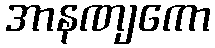
အာနဏျကော